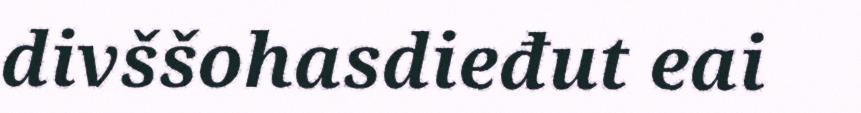
divššohasdieđut eai